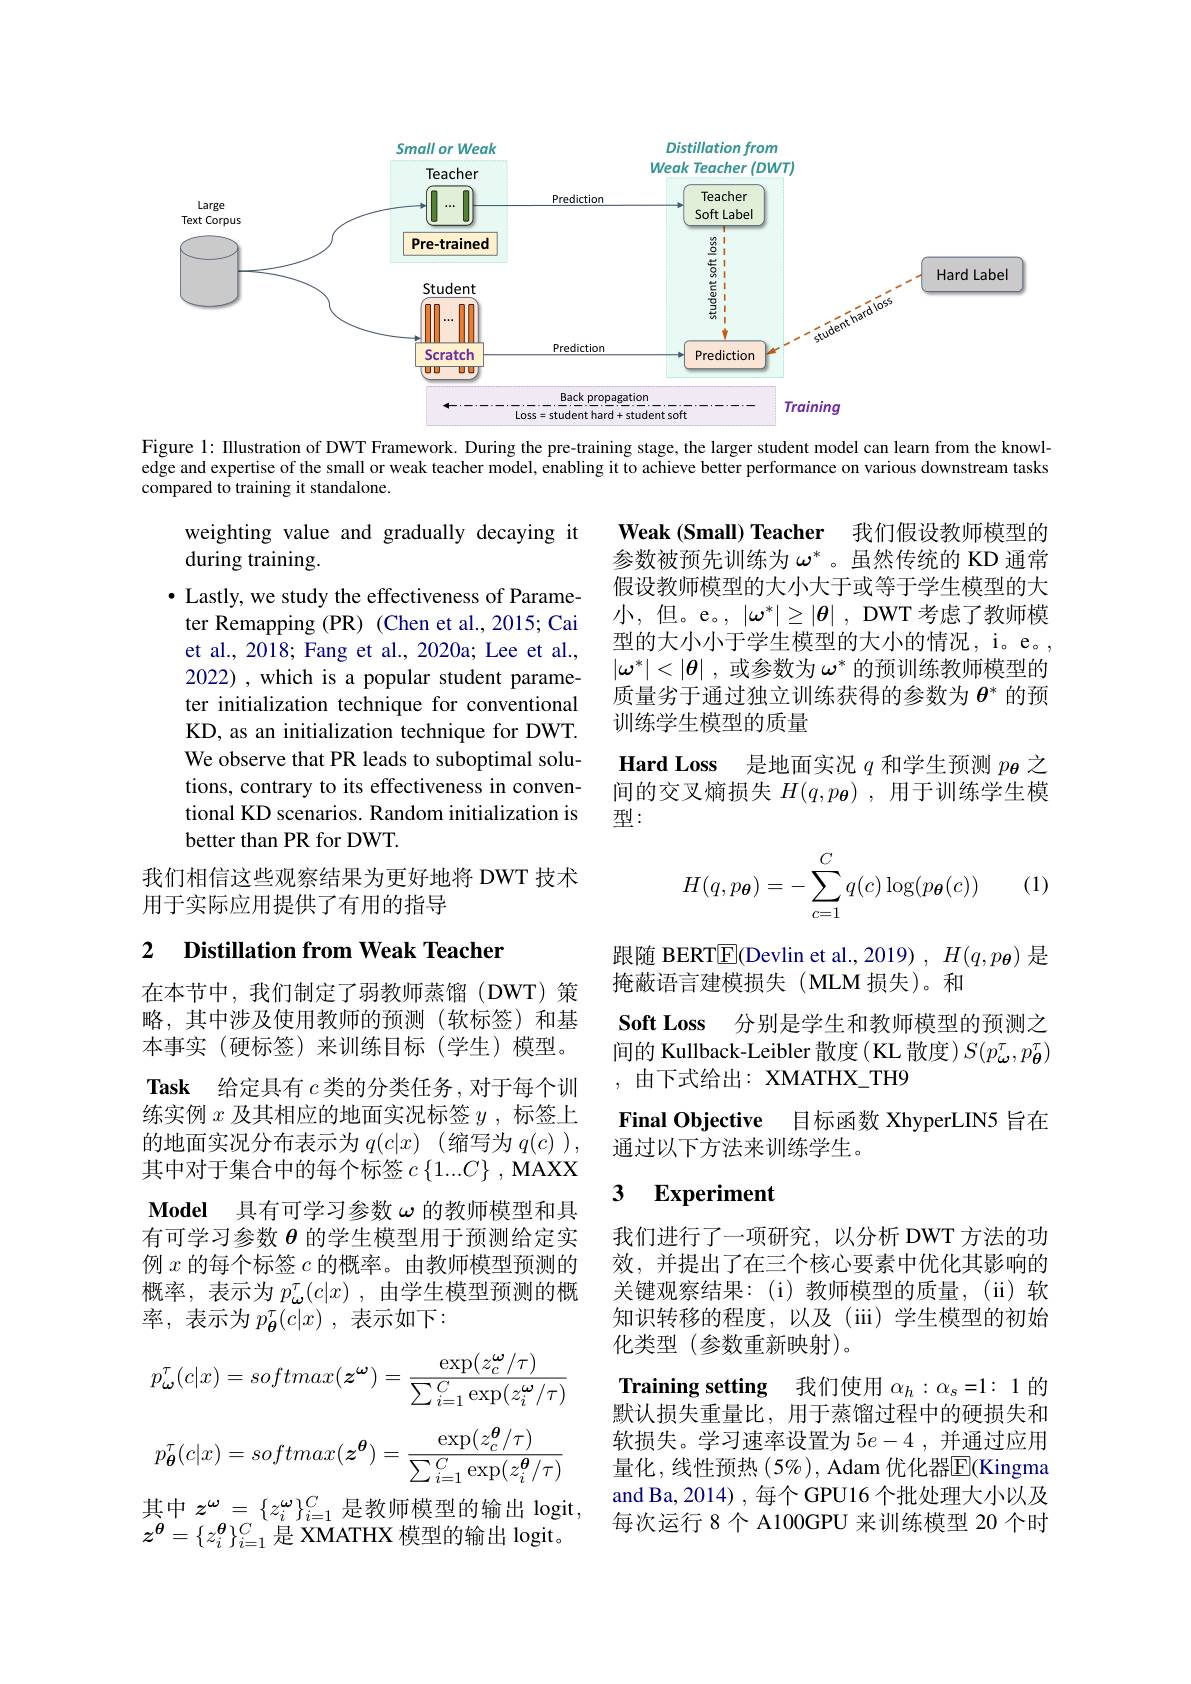
<FigureHere>

Figure 1: Illustration of DWT Framework. During the pre-training stage, the larger student model can learn from the knowl-

edge and expertise of the small or weak teacher model, enabling it to achieve better performance on various downstream tasks

compared to training it standalone.

Weak (Small) Teacher 我们假设教师模型的参数被预先训练为$\omega^*$ 。虽然传统的 KD 通常假设教师模型的大小大于或等于学生模型的大小，但。e。, $|\omega^*|\geq|\theta|$ , DWT 考虑了教师模型的大小小于学生模型的大小的情况，i。e。, $|\omega^*|<|\boldsymbol{\theta}|$ ,或参数为$\omega^*$的预训练教师模型的质量劣于通过独立训练获得的参数为$\theta^*$的预训练学生模型的质量

weighting value and gradually decaying it
during training.
$\bullet$ Lastly, we study the effectiveness of Parame-
ter Remapping (PR) (Chen et al., 2015; Cai et al., 2018; Fang et al., 2020a; Lee et al., 2022) , which is a popular student parameter initialization technique for conventional KD, as an initialization technique for DWT. We observe that PR leads to suboptimal solutions, contrary to its effectiveness in conventional KD scenarios. Random initialization is better than PR for DWT.

$\textbf{Hard Loss}$ 是地面实况$q$和学生预测$p_{\boldsymbol{\theta}}$之间的交叉熵损失$H(q,p_{\boldsymbol{\theta}})$,用于训练学生模型：

(1)
$$H(q,p_{\boldsymbol{\theta}})=-\sum_{c=1}^{C}q(c)\log(p_{\boldsymbol{\theta}}(c))$$
我们相信这些观察结果为更好地将 DWT 技术
用于实际应用提供了有用的指导

### 2 $\textbf{Distillation from Weak Teacher}$

跟随 BERT$\overline{\mathrm{E}}($Devlin et al.,2019) , $H(q,p_{\boldsymbol{\theta}})$是
掩蔽语言建模损失(MLM 损失)。和
$\textbf{Soft Loss}$ 分别是学生和教师模型的预测之间的 Kullback-Leibler 散度( KL 散度) $S(p_{\boldsymbol{\omega}}^\tau,p_{\boldsymbol{\theta}}^\tau)$ ,由下式给出：XMATHX\_TH9

Final Objective
目标函数 XhyperLIN5 旨在
通过以下方法来训练学生。

### 3 $\textbf{Experiment}$

在本节中，我们制定了弱教师蒸馏(DWT)策略，其中涉及使用教师的预测(软标签)和基本事实(硬标签)来训练目标(学生)模型。$\textbf{Task 给 定 具 有 }c$类的分类任务 ,对于每个训练实例$x$及其相应的地面实况标签$y$,标签上的地面实况分布表示为$q(c|x)$ (缩写为$q(c)$ ), 其中对于集合中的每个标签$c\left\{1...C\right\}$, MAXX Model 具有可学习参数$\omega$的教师模型和具有可学习参数$\theta$的学生模型用于预测给定实例$x$的每个标签$c$的概率。由教师模型预测的概率，表示为$p_{\boldsymbol{\omega }}^{\tau }( c| x)$ ,由学生模型预测的概率，表示为$p_{\boldsymbol{\theta}}^\tau(c|x)$ ,表示如下：
$$p_{\boldsymbol{\omega}}^{\tau}(c|x)=softmax(\boldsymbol{z}^{\boldsymbol{\omega}})=\frac{\exp(z_{c}^{\boldsymbol{\omega}}/\tau)}{\sum_{i=1}^{C}\exp(z_{i}^{\boldsymbol{\omega}}/\tau)}$$
$$p_{\boldsymbol{\theta}}^\tau(c|x)=softmax(\boldsymbol{z}^{\boldsymbol{\theta}})=\frac{\exp(z_c^{\boldsymbol{\theta}}/\tau)}{\sum_{i=1}^C\exp(z_i^{\boldsymbol{\theta}}/\tau)}$$
其中$z^\omega=\{z_i^\omega\}_{i=1}^C$是教师模型的输出 logit, $z^{\boldsymbol{\theta}}=\{z_{i}^{\boldsymbol{\theta}}\}_{i=1}^{C}$是 XMATHX 模型的输出 logit。

我们进行了一项研究，以分析 DWT 方法的功效，并提出了在三个核心要素中优化其影响的关键观察结果：(i)教师模型的质量，(ii)软知识转移的程度，以及(iii)学生模型的初始化类型(参数重新映射)。
Training setting 我们使用$\alpha_h:\alpha_s=1:1$的默认损失重量比，用于蒸馏过程中的硬损失和软损失。学习速率设置为$5e-4$,并通过应用量化，线性预热$(5\%)$, Adam 优化器$\overline{\mathbb{E}}($Kingma and Ba, 2014) , 每个 GPU16 个批处理大小以及每次运行 8 个 A100GPU 来训练模型 20 个时